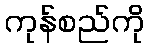
ကုန်စည်ကို